Inquiry into the circumstances attending an outbreak of cholera in H. M.'s 18th Hussars at Secunderabad in the month of May
Year: 1871
Disease focus: Cholera
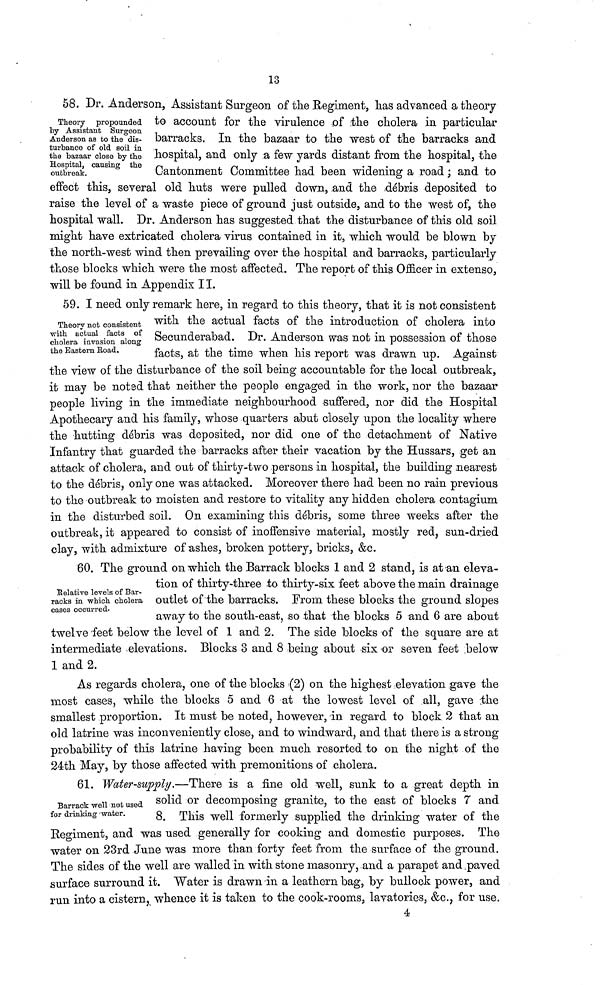
13
Theory propounded
by Assistant Surgeon
Anderson as to the dis-
turbance of old soil in
the bazaar close by the
Hospital, causing the
outbreak.
58. Dr. Anderson, Assistant Surgeon of the Regiment, has advanced a theory
to account for the virulence of the cholera in particular
barracks. In the bazaar to the west of the barracks and
hospital, and only a few yards distant from the hospital, the
Cantonment Committee had been widening a road ; and to
effect this, several old huts were pulled down, and the débris deposited to
raise the level of a waste piece of ground just outside, and to the west of, the
hospital wall. Dr. Anderson has suggested that the disturbance of this old soil
might have extricated cholera virus contained in it, which would be blown by
the north-west wind then prevailing over the hospital and barracks, particularly
those blocks which were the most affected. The report of this Officer in extenso,
will be found in Appendix 11.
Theory not consistent
with actual facts of
cholera invasion along
the Eastern Road.
59. I need only remark here, in regard to this theory, that it is not consistent
with the actual facts of the introduction of cholera into
Secunderabad. Dr. Anderson was not in possession of those
facts, at the time when his report was drawn up. Against
the view of the disturbance of the soil being accountable for the local outbreak,
it may be noted that neither the people engaged in the work, nor the bazaar
people living in the immediate neighbourhood suffered, nor did the Hospital
Apothecary and his family, whose quarters abut closely upon the locality where
the hutting débris was deposited, nor did one of the detachment of Native
Infantry that guarded the barracks after their vacation by the Hussars, get an
attack of cholera, and out of thirty-two persons in hospital, the building nearest
to the débris, only one was attacked. Moreover there had been no rain previous
to the outbreak to moisten and restore to vitality any hidden cholera contagium
in the disturbed soil. On examining this débris, some three weeks after the
outbreak, it appeared to consist of inoffensive material, mostly red, sun-dried
clay, with admixture of ashes, broken pottery, bricks, &c.
Relative levels of Bar-
racks in which cholera
cases occurred.
60. The ground 011 which the Barrack blocks 1 and 2 stand, is at an eleva-
tion of thirty-three to thirty-six feet above the main drainage
outlet of the barracks. From these blocks the ground slopes
away to the south-east, so that the blocks 5 and 6 are about
twelve feet below the level of 1 and 2. The side blocks of the square are at
intermediate elevations. Blocks 3 and 8 being about six or seven feet below
1 and 2.
As regards cholera, one of the blocks (2) on the highest elevation gave the
most cases, while the blocks 5 and 6 at the lowest level of all, gave the
smallest proportion. It must be noted, however, in regard to block 2 that an
old latrine was inconveniently close, and to windward, and that there is a strong
probability of this latrine having been much resorted to on the night of the
24th May, by those affected with premonitions of cholera.
Barrack well not used
for drinking water.
61. Water-supply.—There is a fine old well, sunk to a great depth in
solid or decomposing granite, to the east of blocks 7 and
8. This well formerly supplied the drinking water of the
Regiment, and was used generally for cooking and domestic purposes. The
water on 23rd June was more than forty feet from the surface of the ground.
The sides of the well are walled in with stone masonry, and a parapet and paved
surface surround it. Water is drawn in a leathern bag, by bullock power, and
run into a cistern, whence it is taken to the cook-rooms, lavatories, &c., for use.
4